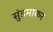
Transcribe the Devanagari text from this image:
सुंडमाकर